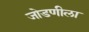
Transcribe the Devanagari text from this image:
जोडणीला